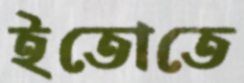
ইতোতে